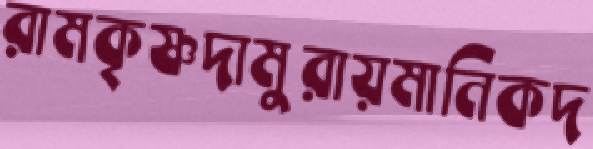
রামকৃষ্ণদামুরায়মানিকদ